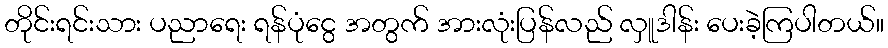
တိုင်းရင်းသား ပညာရေး ရန်ပုံငွေ အတွက် အားလုံးပြန်လည် လှူဒါန်း ပေးခဲ့ကြပါတယ်။